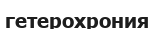
гетерохрония